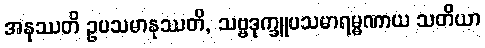
အနုဿတိ ဥပသမာနုဿတိ, သဗ္ဗဒုက္ခူပသမာရမ္မဏာယ သတိယာ